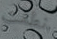
نطقت